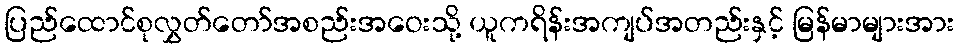
ပြည်ထောင်စုလွှတ်တော်အစည်းအဝေးသို့ ယူကရိန်းအကျပ်အတည်းနှင့် မြန်မာများအား